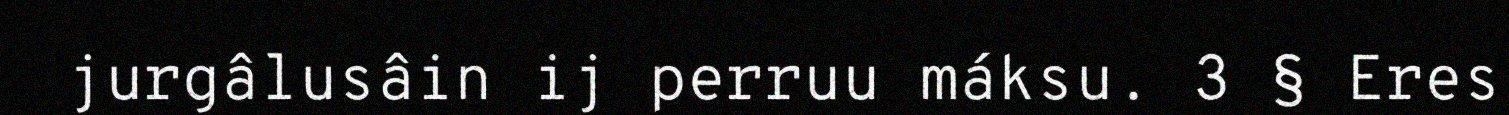
jurgâlusâin ij perruu máksu. 3 § Eres